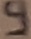
Text: g